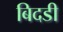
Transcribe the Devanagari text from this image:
बिदडी